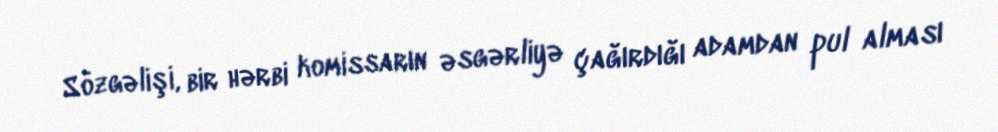
Sözgəlişi, bir hərbi komissarın əsgərliyə çağırdığı adamdan pul alması